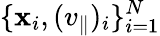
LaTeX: \{ \mathbf{x}_{i},(v_{\parallel})_{i}\} _{i=1}^{N}